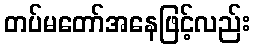
တပ်မတော်အနေဖြင့်လည်း